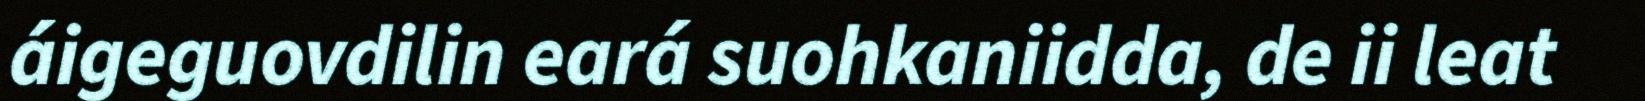
áigeguovdilin eará suohkaniidda, de ii leat